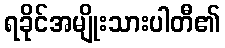
ရခိုင်အမျိုးသားပါတီ၏